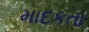
માદકતા